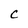
Character: c